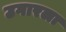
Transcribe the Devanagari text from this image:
उगारला